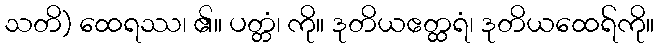
သတိ) ထေရဿ၊ ၏။ ပတ္တံ၊ ကို။ ဒုတိယဧတ္ထရံ၊ ဒုတိယထေရ်ကို။